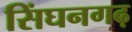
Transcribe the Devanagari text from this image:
सिंघनगढ़